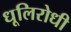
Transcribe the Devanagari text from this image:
धूलिरोधी